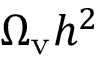
\Omega _ { \mathrm { v } } h ^ { 2 }